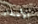
الأعتذار